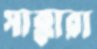
সাক্কারা